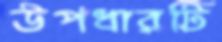
উপধারটি